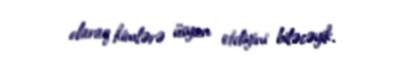
olaraq kimlərə üsyan etdiyini biləcəyik.